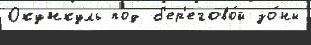
Окункуль под б'ер'егово́й зо́ны